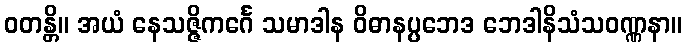
ဝတန္တိ။ အယံ နေသဇ္ဇိကင်္ဂေ သမာဒါန ဝိဓာနပ္ပဘေဒ ဘေဒါနိသံသဝဏ္ဏနာ။